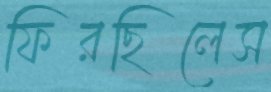
ফিরছিলেস